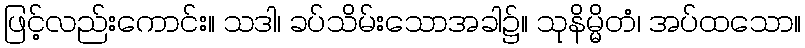
ဖြင့်လည်းကောင်း။ သဒါ၊ ခပ်သိမ်းသောအခါ၌။ သုနိမ္မိတံ၊ အပ်ထသော။